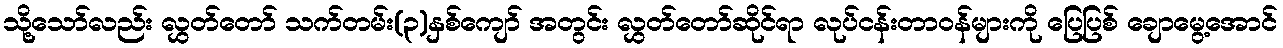
သို့သော်လည်း လွှတ်တော် သက်တမ်း(၃)နှစ်ကျော် အတွင်း လွှတ်တော်ဆိုင်ရာ လုပ်ငန်းတာဝန်များကို ပြေပြစ် ချောမွေ့အောင်